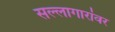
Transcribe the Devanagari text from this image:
सल्लागारांवर